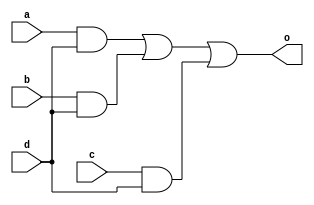
module alarm(a, b, c, d, o);

input a, b, c, d;

output wire o;

assign o = (a&d) | (b&d) | (c&d);

endmodule